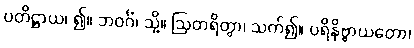
ပတိဋ္ဌာယ၊ ၍။ ဘဝင်္ဂံ၊ သို့။ ဩတရိတွာ၊ သက်၍။ ပရိနိဗ္ဗာယတော၊